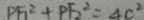
P F _ { 1 } ^ { 2 } + P F _ { 2 } ^ { 2 } = 4 c ^ { 2 }